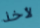
لأخذ